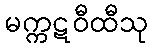
မက္ကဋဝီထီသု